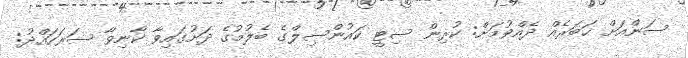
ސަންއަށް ޚަބަރެއް ދެއްވުމަށް: ކުރިން ސިޓީ ކައުންސިލްގެ ބެލުމުގެ ދަށުގައިވާ ކާނިވާ ސަރަހައްދު: